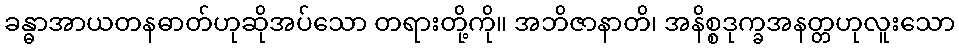
ခန္ဓာအာယတနဓာတ်ဟုဆိုအပ်သော တရားတို့ကို။ အဘိဇာနာတိ၊ အနိစ္စဒုက္ခအနတ္တဟုလူးသော